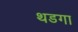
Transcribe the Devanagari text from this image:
थडगा